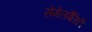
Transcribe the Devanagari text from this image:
सेमेलपैरिटी